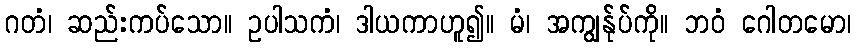
ဂတံ၊ ဆည်းကပ်သော။ ဥပါသကံ၊ ဒါယကာဟူ၍။ မံ၊ အကျွန်ုပ်ကို။ ဘဝံ ဂေါတမော၊